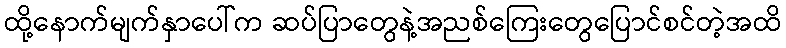
ထို့နောက်မျက်နှာပေါ်က ဆပ်ပြာတွေနဲ့အညစ်ကြေးတွေပြောင်စင်တဲ့အထိ